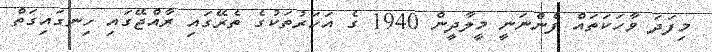
މިފަދަ ވާހަކަތައް ފެންނަނީ މީލާދީން 1940 ގެ އަހަރުތަކުގެ ތެރޭގައި ރާއްޖޭގައި ހިނގައިގަތް